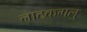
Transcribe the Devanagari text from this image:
नाटकगलु